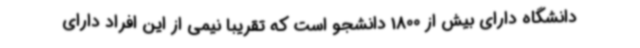
دانشگاه دارای بیش از 1800 دانشجو است که تقریبا نیمی از این افراد دارای